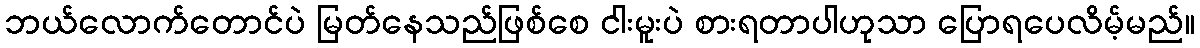
ဘယ်လောက်တောင်ပဲ မြတ်နေသည်ဖြစ်စေ ငါးမူးပဲ စားရတာပါဟုသာ ပြောရပေလိမ့်မည်။